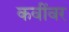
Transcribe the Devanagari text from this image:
कवींवर